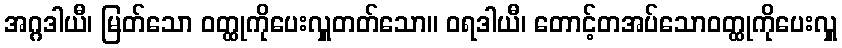
အဂ္ဂဒါယီ၊ မြတ်သော ဝတ္ထုကိုပေးလှူတတ်သော။ ဝရဒါယီ၊ တောင့်တအပ်သောဝတ္ထုကိုပေးလှူ